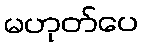
မဟုတ်ပေ